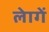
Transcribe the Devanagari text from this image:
लेागें